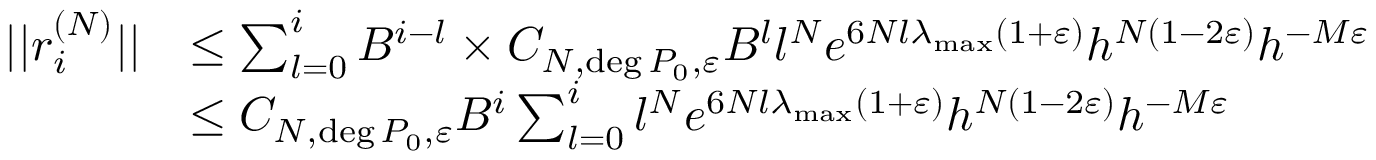
\begin{array} { r l } { | | r _ { i } ^ { ( N ) } | | } & { \leq \sum _ { l = 0 } ^ { i } B ^ { i - l } \times C _ { N , \deg P _ { 0 } , \varepsilon } B ^ { l } l ^ { N } e ^ { 6 N l \lambda _ { \operatorname* { m a x } } ( 1 + \varepsilon ) } h ^ { N ( 1 - 2 \varepsilon ) } h ^ { - M \varepsilon } } \\ & { \leq C _ { N , \deg P _ { 0 } , \varepsilon } B ^ { i } \sum _ { l = 0 } ^ { i } l ^ { N } e ^ { 6 N l \lambda _ { \operatorname* { m a x } } ( 1 + \varepsilon ) } h ^ { N ( 1 - 2 \varepsilon ) } h ^ { - M \varepsilon } } \end{array}